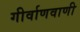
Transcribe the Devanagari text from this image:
गीर्वाणवाणी